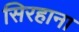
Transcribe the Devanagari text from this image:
सिरहाना